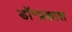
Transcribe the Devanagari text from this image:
डॉ॰प्रकाश